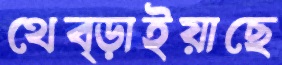
থেব্‌ড়াইয়াছে